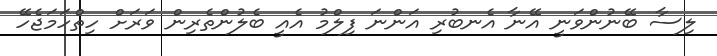
ލިސާ ބޭނުންވަނީ އޭނާ އެނބުރި އަންނަ ފިލްމު އެއީ ބެލުންތެރިން ވަރަށް ހިތްހަމަޖެހޭ